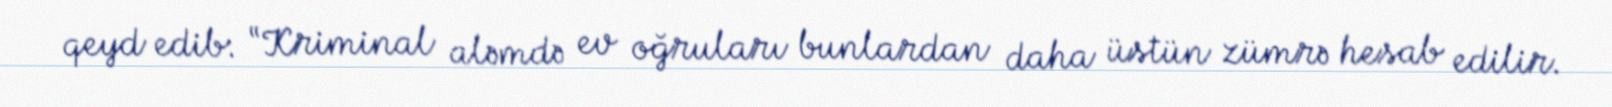
qeyd edib: “Kriminal aləmdə ev oğruları bunlardan daha üstün zümrə hesab edilir.